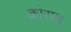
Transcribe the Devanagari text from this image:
कोराथ